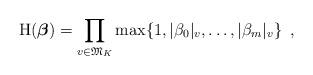
LaTeX: \begin{align*}&{\mathrm{H}}(\boldsymbol{\beta})=\prod_{v\in {{\mathfrak{M}}}_K} \max\{1, |\beta_0|_v,\ldots,|\beta_m|_v\}\enspace,\end{align*}